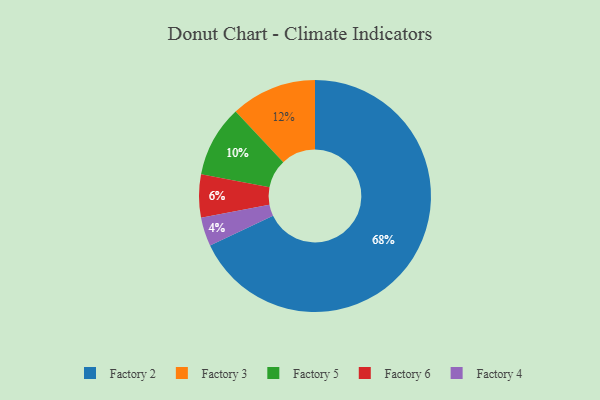
{"axis": {"x": "Category", "y": "Percentage"}, "legend": ["Factory 2", "Factory 3", "Factory 4", "Factory 5", "Factory 6"], "data": [{"x": "Factory 6", "y": 6, "type": "Factory 6"}, {"x": "Factory 5", "y": 10, "type": "Factory 5"}, {"x": "Factory 3", "y": 12, "type": "Factory 3"}, {"x": "Factory 4", "y": 4, "type": "Factory 4"}, {"x": "Factory 2", "y": 68, "type": "Factory 2"}]}